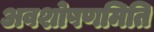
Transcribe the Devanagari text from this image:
अवशोषणमिति